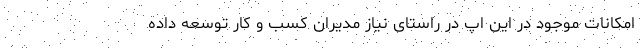
امکانات موجود در این اپ در راستای نیاز مدیران کسب و کار توسعه داده